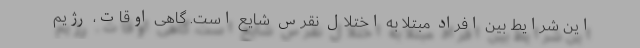
این شرایط بین افراد مبتلا به اختلال نقرس شایع است. گاهی اوقات، رژیم